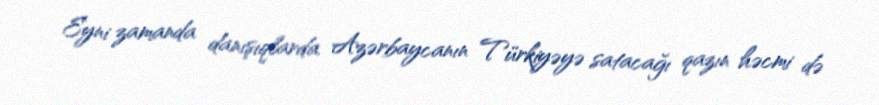
Eyni zamanda danışıqlarda Azərbaycanın Türkiyəyə satacağı qazın həcmi də